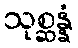
သုစ္ဆန္နံ